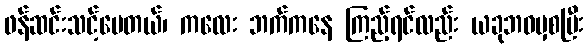
ဖန်ဆင်းသင့်ပေတယ်၊ ကလေး ဘက်ကနေ ကြည့်ရင်လည်း ယခုဘဝမှစပြီး